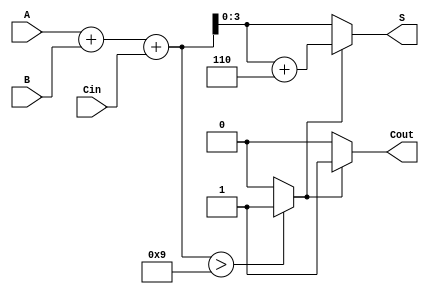
module BCD_Asynchronous_Adder (
    input [3:0] A,   // First BCD input
    input [3:0] B,   // Second BCD input
    input Cin,       // Carry-in
    output reg [3:0] S,  // BCD sum output
    output reg Cout       // Carry-out
);

// Internal wires to hold the binary sum and the adjustment signal
wire [4:0] sum;       // 5 bits to hold the sum (A + B + Cin)
reg adjustment;       // Indicates whether adjustment is needed

// Binary addition of A, B and Cin
assign sum = {1'b0, A} + {1'b0, B} + Cin;

// Compare the sum to check if it exceeds valid BCD range
always @(*) begin
    if (sum > 4'd9) begin
        adjustment = 1'b1; // Add 6 if the sum exceeds 9
    end else begin
        adjustment = 1'b0; // No adjustment needed
    end
end

// Calculate the BCD output and Cout
always @(*) begin
    if (adjustment) begin
        S = sum + 4'b0110; // Adjust the sum by adding 6
        Cout = 1'b1;       // Set carry-out since adjustment was made
    end else begin
        S = sum[3:0];      // Output the sum directly if valid
        Cout = 1'b0;       // No carry-out needed
    end
end

endmodule